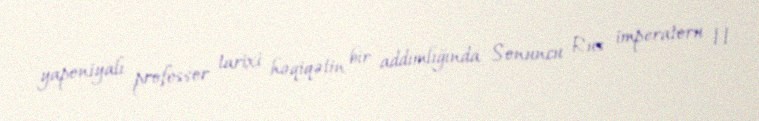
yaponiyalı professor tarixi həqiqətin bir addımlığında Sonuncu Rus imperatoru II